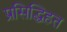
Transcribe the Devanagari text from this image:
प्रसिद्धिहत